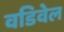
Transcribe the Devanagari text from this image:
वडिवेल